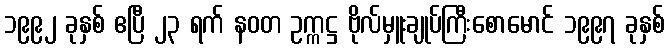
၁၉၉၂ ခုနှစ် ဧပြီ ၂၃ ရက် နဝတ ဥက္ကဋ္ဌ ဗိုလ်မှူးချုပ်ကြီးစောမောင် ၁၉၉၇ ခုနှစ်